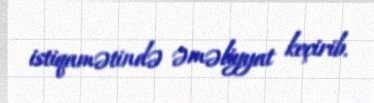
istiqamətində əməliyyat keçirib.